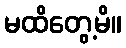
မထိတွေ့မိ။